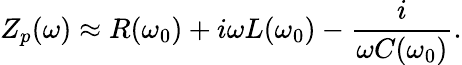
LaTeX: Z_{p}(\omega)\approx R(\omega_{0})+i\omega L(\omega_{0})-\frac{i}{\omega C(\omega_{0})}.